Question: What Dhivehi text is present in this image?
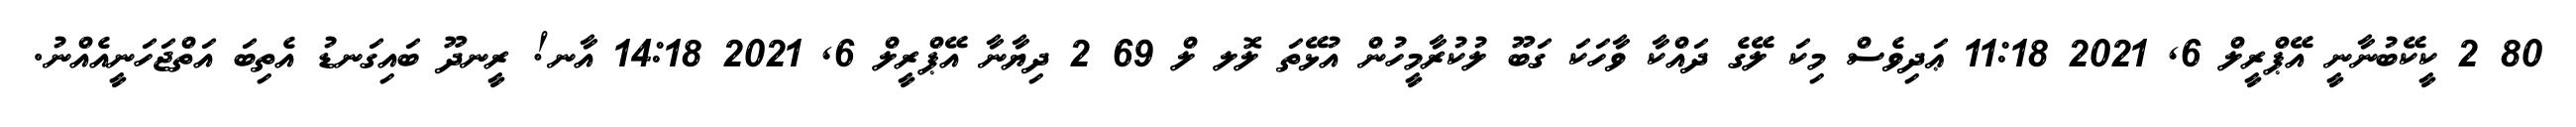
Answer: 80 2 ކީކޭބުނާނީ އޭޕްރީލް 6, 2021 11:18 ޢަދިވެސް މިކަ ލޭގެ ދައްކާ ވާހަކަ ގަބޫ ލުކުރާމީހުން އުޅޭތަ ލޮލ ލް 69 2 ދިޔާނާ އޭޕްރީލް 6, 2021 14:18 އާނ! ރީނދޫ ބައިގަނޑު އެތިބަ އަތްޖަހަނީއެއްނު.